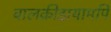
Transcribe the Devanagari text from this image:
बालक्रीडायामपि